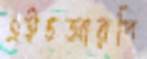
এইচআরপি